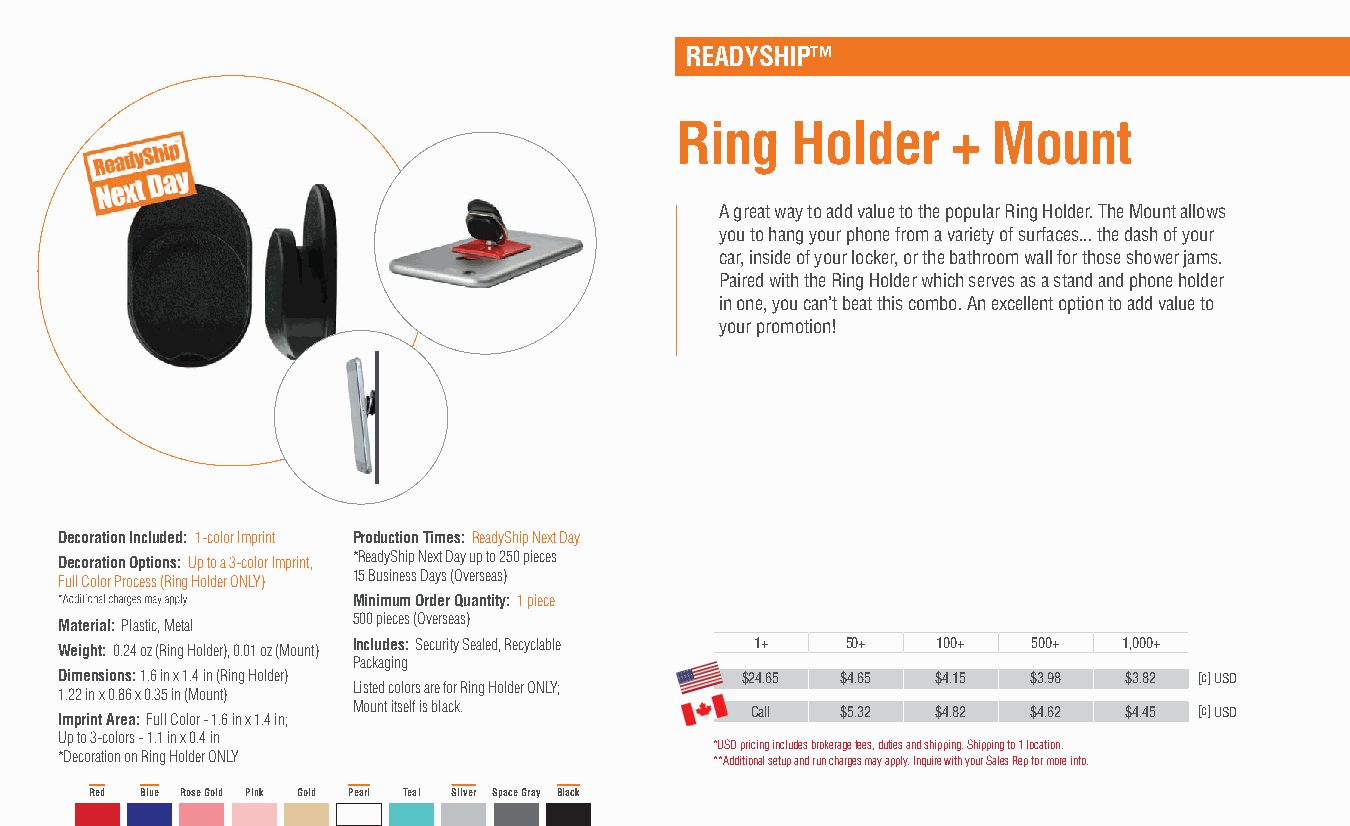
READYSHIP™
 Ring   Holder     +  Mount
 A great way to add value to the popular Ring Holder. The Mount allows
 you to hang your phone from a variety of surfaces... the dash of your
 car, inside of your locker, or the bathroom wall for those shower jams.
 Paired with the Ring Holder which serves as a stand and phone holder
 in one, you can’t beat this combo. An excellent option to add value to
 your promotion!
 Decoration Included: 1-color Imprint Production Times: ReadyShip Next Day
 Decoration Options: Up to a 3-color Imprint, *ReadyShip Next Day up to 250 pieces
 Full Color Process (Ring Holder ONLY) 15 Business Days (Overseas)
 Minimum Order Quantity: 1 piece
 Material: Plastic, Metal 500 pieces (Overseas)
 Weight: 0.24 oz (Ring Holder), 0.01 oz (Mount) Includes: Security Sealed, Recyclable 1+ 50+ 100+ 500+ 1,000+
 Packaging
 Dimensions: 1.6 in x 1.4 in (Ring Holder)    $24.65 $4.65 $4.15 $3.98  $3.82 [c] USD
 1.22 in x 0.86 x 0.35 in (Mount) Listed colors are for Ring Holder ONLY;
 Imprint Area: Full Color - 1.6 in x 1.4 in; Mount itself is black. Call $5.32 $4.82 $4.62 $4.45 [c] USD
 Up to 3-colors - 1.1 in x 0.4 in
 *USD pricing includes brokerage fees, duties and shipping. Shipping to 1 location.
 *Decoration on Ring Holder ONLY            **Additional setup and run charges may apply. Inquire with your Sales Rep for more info.
 Red Blue Rose Gold Pink Gold Pearl Teal Silver Space Gray Black